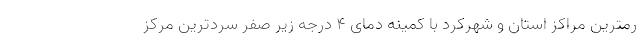
رمترین مراکز استان و شهرکرد با کمینه دمای ۴ درجه زیر صفر سردترین مرکز